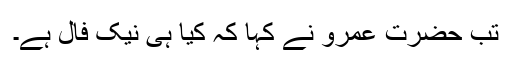
تب حضرت عمروؓ نے کہا کہ کیا ہی نیک فال ہے۔